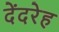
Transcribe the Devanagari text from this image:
देंदरेह